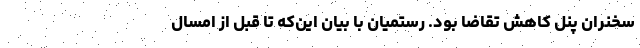
سخنران پنل کاهش تقاضا بود. رستمیان با بیان این‌که تا قبل از امسال